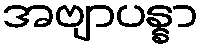
အဗျာပန္နာ